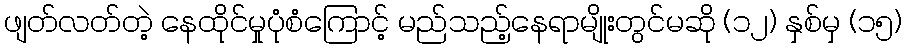
ဖျတ်လတ်တဲ့ နေထိုင်မှုပုံစံကြောင့် မည်သည့်နေရာမျိုးတွင်မဆို (၁၂) နှစ်မှ (၁၅)